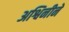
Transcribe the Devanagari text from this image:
अश्विनीने